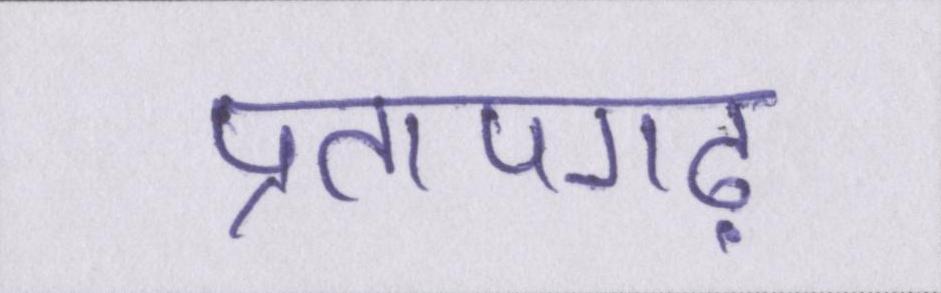
प्रतापगढ़